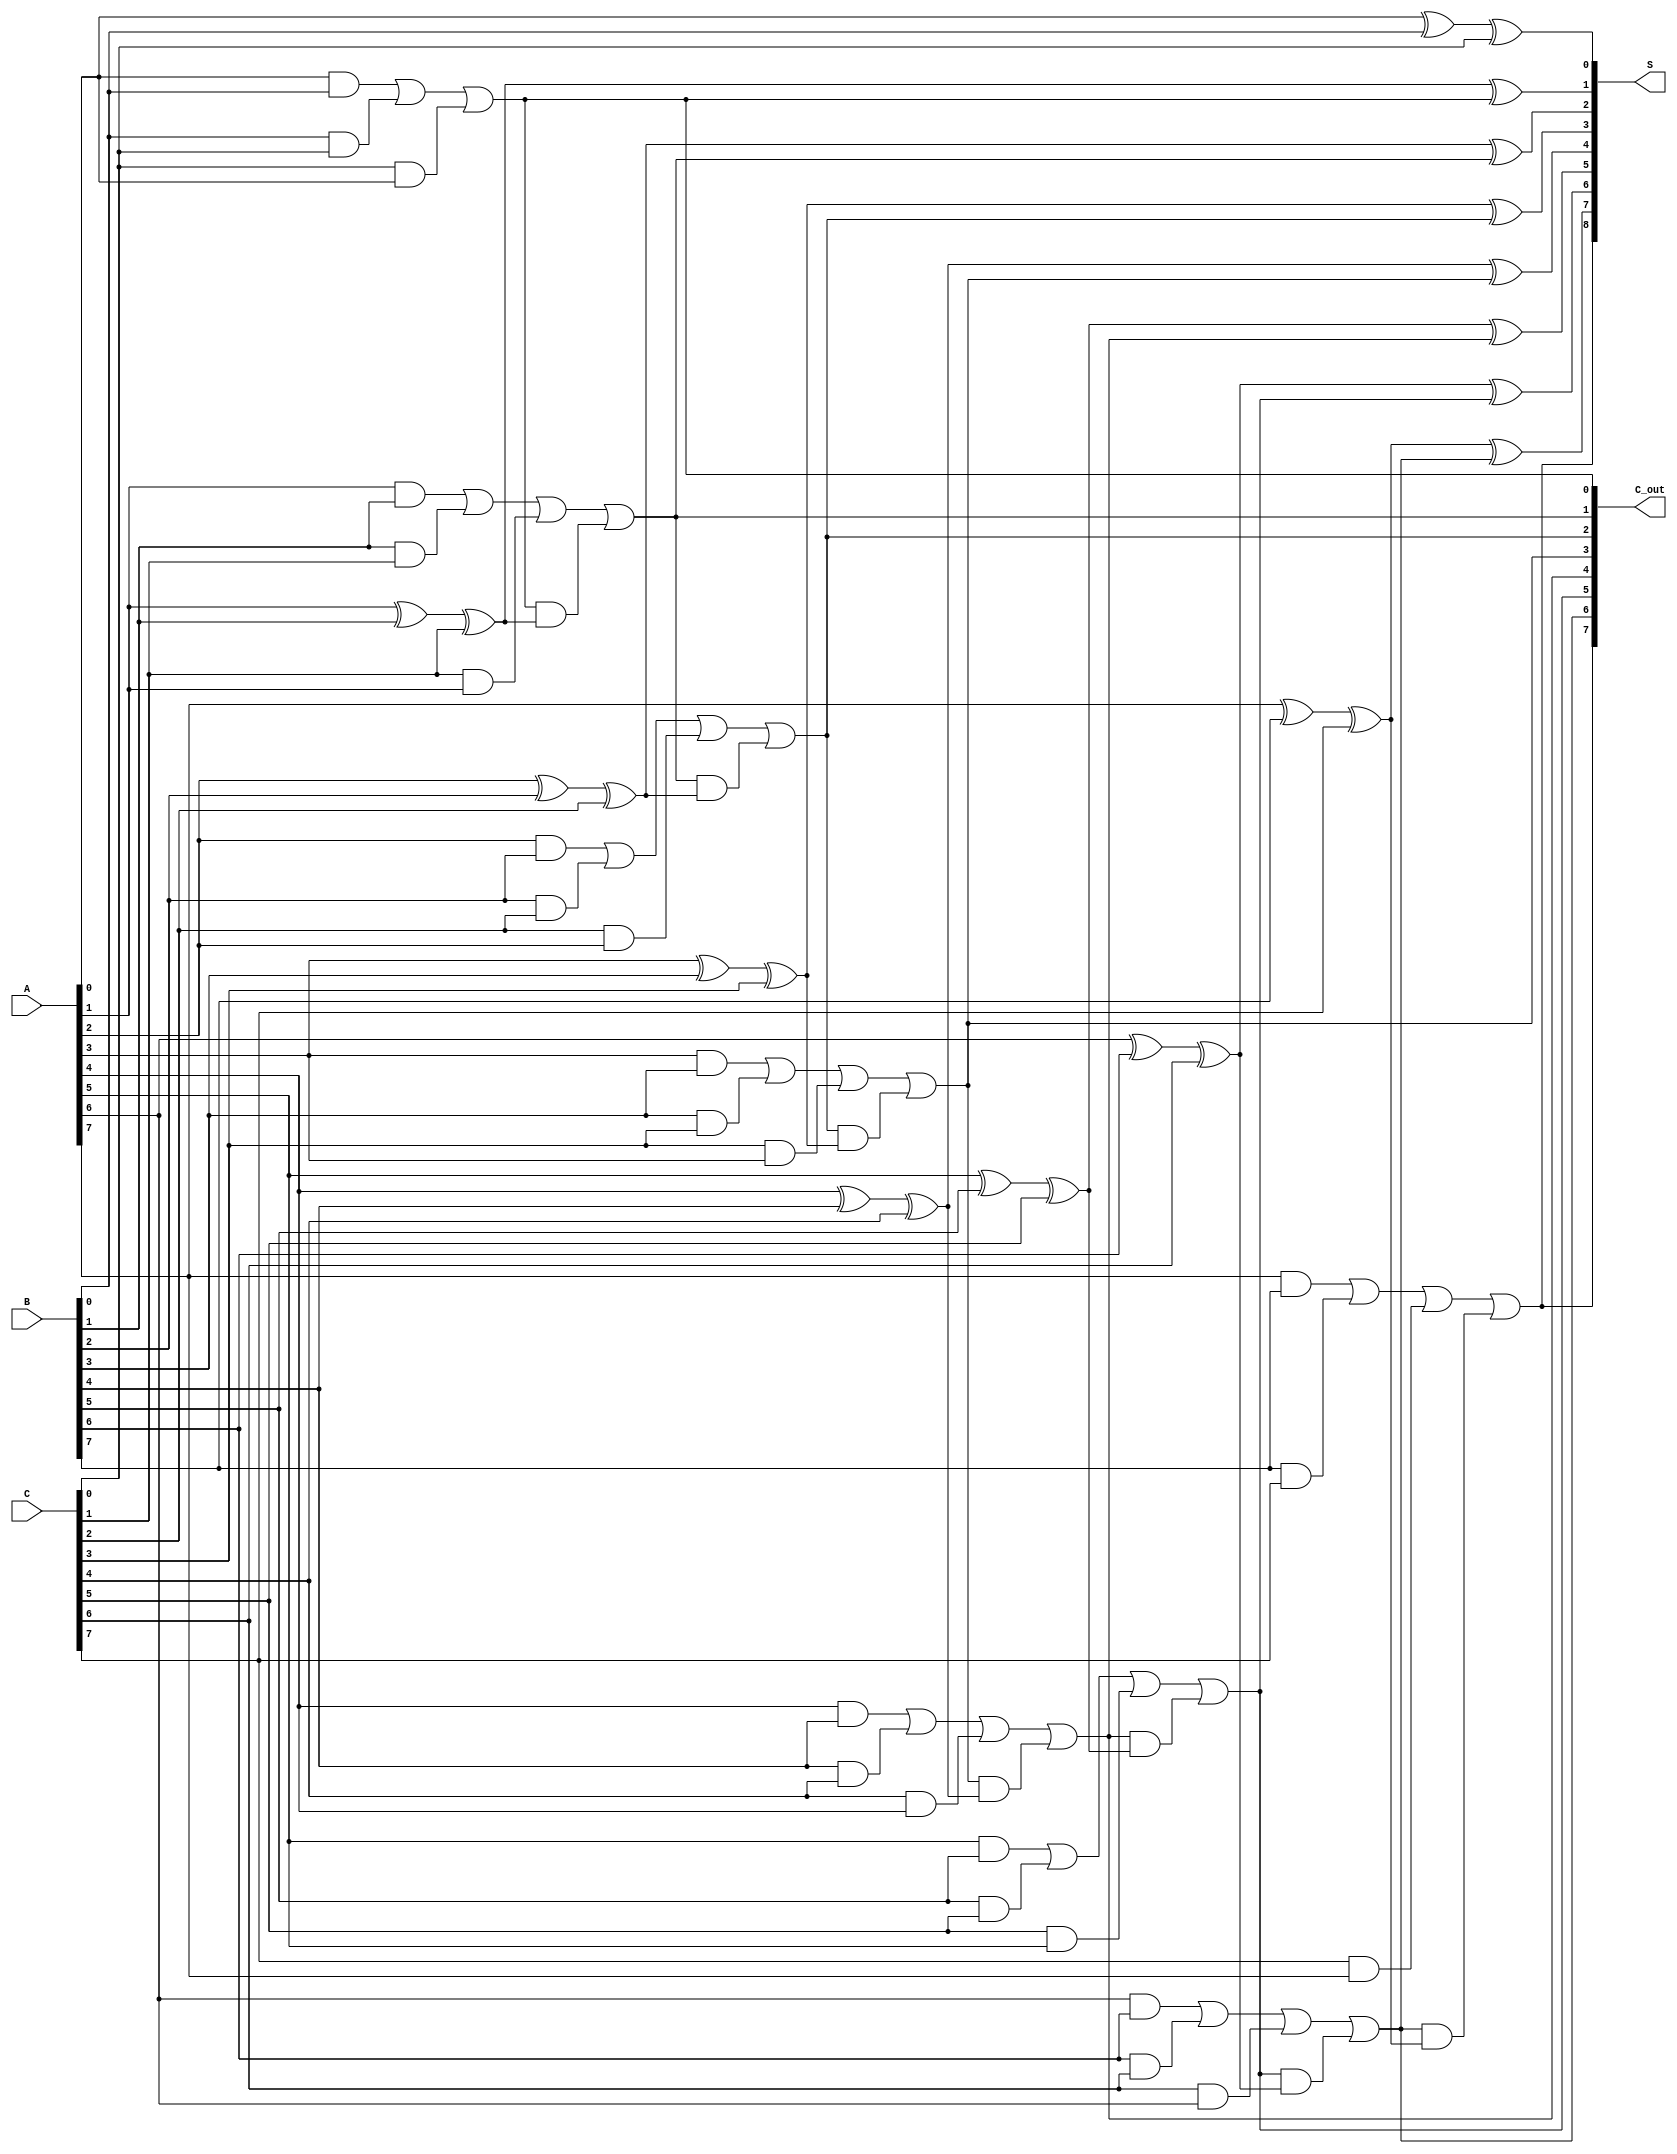
module carry_save_adder #(parameter N = 8) (
    input  [N-1:0] A,  // First operand
    input  [N-1:0] B,  // Second operand
    input  [N-1:0] C,  // Third operand
    output [N:0] S,     // Partial sum output
    output [N-1:0] C_out // Carry output
);

    // Intermediate wires for partial sums and carries
    wire [N-1:0] sum;   // Partial sums
    wire [N-1:0] carry; // Carry outputs from each bit position

    // Generate partial sums and carries using full adder logic
    genvar i;
    generate
        for (i = 0; i < N; i = i + 1) begin : full_adder
            if (i == 0) begin
                // For the least significant bit, no carry-in
                assign sum[i] = A[i] ^ B[i] ^ C[i];
                assign carry[i] = (A[i] & B[i]) | (B[i] & C[i]) | (C[i] & A[i]);
            end else begin
                // For other bits, include carry from previous stage
                assign sum[i] = A[i] ^ B[i] ^ C[i] ^ carry[i-1];
                assign carry[i] = (A[i] & B[i]) | (B[i] & C[i]) | (C[i] & A[i]) | (carry[i-1] & (A[i] ^ B[i] ^ C[i]));
            end
        end
    endgenerate

    // Final carry output
    assign C_out = carry;

    // Final sum output (including the carry from the most significant bit)
    assign S = {carry[N-1], sum};

endmodule